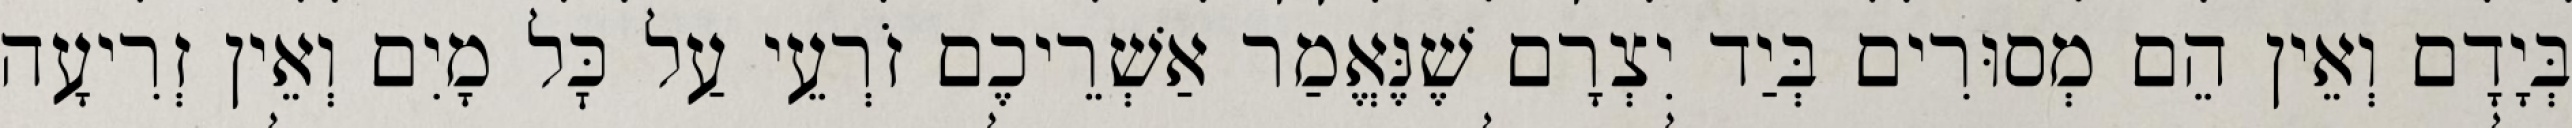
בְּיָדָם וְאֵין הֵם מְסוּרִים בְּיַד יִצְרָם שֶׁנֶּאֱמַר אַשְׁרֵיכֶם זֹרְעֵי עַל כׇּל מָיִם וְאֵין זְרִיעָה